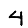
Digit: 4